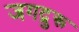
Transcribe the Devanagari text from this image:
जगद्रुरू